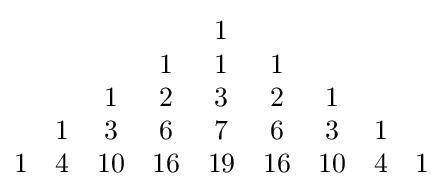
{\begin{matrix}&&&&1\\&&&1&1&1\\&&1&2&3&2&1\\&1&3&6&7&6&3&1\\1&4&10&16&19&16&10&4&1\end{matrix}}